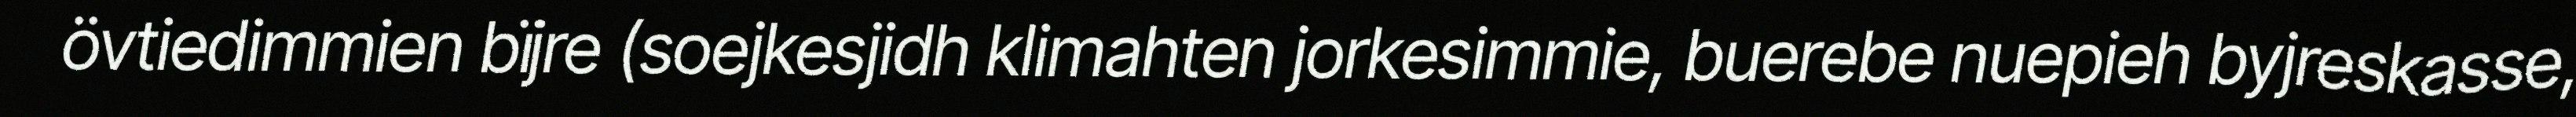
övtiedimmien bïjre (soejkesjidh klimahten jorkesimmie, buerebe nuepieh byjreskasse,